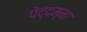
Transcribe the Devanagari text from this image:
पेद्दम्मा